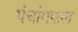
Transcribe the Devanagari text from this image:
पंचांगफल